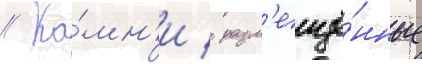
// Ка́мн'и / разм'ещё́нные